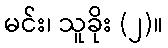
မင်း၊ သူခိုး (၂)။